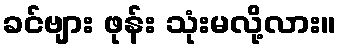
ခင်ဗျား ဖုန်း သုံးမလို့လား။